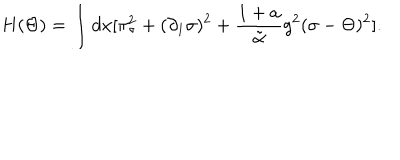
LaTeX: H ( \Theta ) = \int d x [ \pi _ { \sigma } ^ { 2 } + ( \partial _ { 1 } \sigma ) ^ { 2 } + { \frac { 1 + a } { \tilde { \alpha } } } g ^ { 2 } ( \sigma - \Theta ) ^ { 2 } ] .